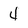
Character: 4